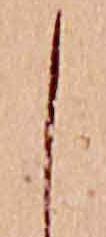
し